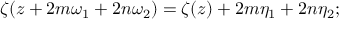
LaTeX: \zeta ( z + 2 m \omega _ { 1 } + 2 n \omega _ { 2 } ) = \zeta ( z ) + 2 m \eta _ { 1 } + 2 n \eta _ { 2 } ;